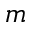
m